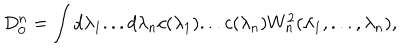
LaTeX: D _ { 0 } ^ { n } = \int d \lambda _ { 1 } . . . d \lambda _ { n } c ( \lambda _ { 1 } ) . . . c ( \lambda _ { n } ) W _ { n } ^ { 2 } ( \lambda _ { 1 } , . . . , \lambda _ { n } ) ,